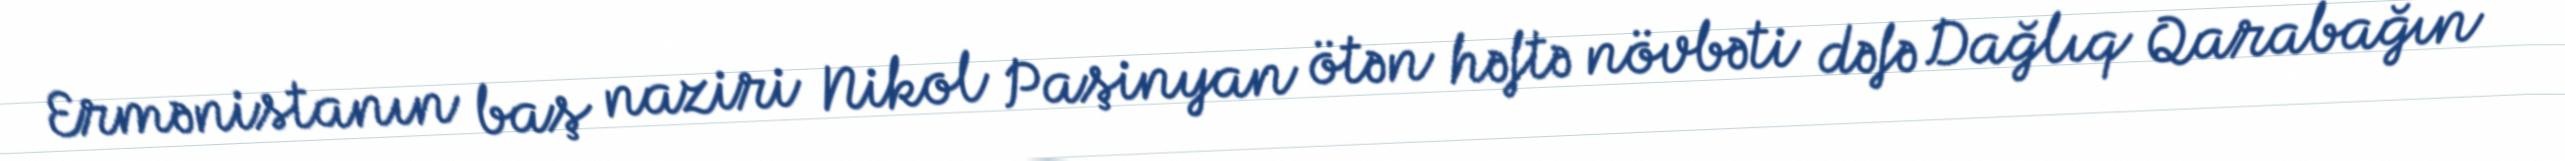
Ermənistanın baş naziri Nikol Paşinyan ötən həftə növbəti dəfə Dağlıq Qarabağın